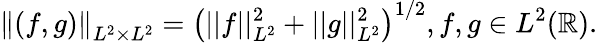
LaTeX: \left\| (f,g)\right\| _{L^{2}\times L^{2}}=\left(||f||_{L^{2}}^{2}+||g||_{L^{2}}^{2}\right)^{1/2},f,g\in L^{2}(\mathbb{R}).